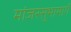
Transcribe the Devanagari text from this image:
मांजरसुभामार्गे